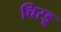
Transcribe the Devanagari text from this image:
चिरडू